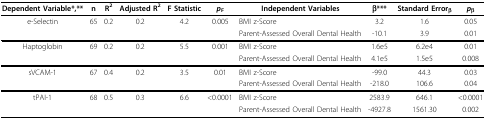
<table><thead><tr><td><b>Dependent Variable*,**</b></td><td><b>n</b></td><td><b>R<sup>2</sup></b></td><td><b>Adjusted R<sup>2</sup></b></td><td><b>F Statistic</b></td><td><b><i>p</i><sub>F</sub></b></td><td><b>Independent Variables</b></td><td><b>β***</b></td><td><b>Standard Error<sub>β</sub></b></td><td><b><i>p</i><sub>β</sub></b></td></tr></thead><tbody><tr><td>e-Selectin</td><td>65</td><td>0.2</td><td>0.2</td><td>4.2</td><td>0.005</td><td>BMI z-Score</td><td>3.2</td><td>1.6</td><td>0.05</td></tr><tr><td></td><td></td><td></td><td></td><td></td><td></td><td>Parent-Assessed Overall Dental Health</td><td>-10.1</td><td>3.9</td><td>0.01</td></tr><tr><td>Haptoglobin</td><td>69</td><td>0.2</td><td>0.2</td><td>5.5</td><td>0.001</td><td>BMI z-Score</td><td>1.6e5</td><td>6.2e4</td><td>0.01</td></tr><tr><td></td><td></td><td></td><td></td><td></td><td></td><td>Parent-Assessed Overall Dental Health</td><td>4.1e5</td><td>1.5e5</td><td>0.008</td></tr><tr><td>sVCAM-1</td><td>67</td><td>0.4</td><td>0.2</td><td>3.5</td><td>0.01</td><td>BMI z-Score</td><td>-99.0</td><td>44.3</td><td>0.03</td></tr><tr><td></td><td></td><td></td><td></td><td></td><td></td><td>Parent-Assessed Overall Dental Health</td><td>-218.0</td><td>106.6</td><td>0.04</td></tr><tr><td>tPAI-1</td><td>68</td><td>0.5</td><td>0.3</td><td>6.6</td><td>&lt; 0.0001</td><td>BMI z-Score</td><td>2583.9</td><td>646.1</td><td>&lt; 0.0001</td></tr><tr><td></td><td></td><td></td><td></td><td></td><td></td><td>Parent-Assessed Overall Dental Health</td><td>-4927.8</td><td>1561.30</td><td>0.002</td></tr></tbody></table>